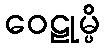
ဝေဠုမ္ပိ